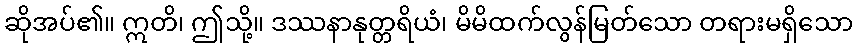
ဆိုအပ်၏။ ဣတိ၊ ဤသို့။ ဒဿနာနုတ္တရိယံ၊ မိမိထက်လွန်မြတ်သော တရားမရှိသော